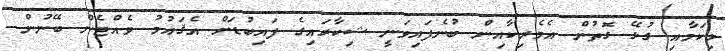
މިކަމާއި ގުޅޭ ގޮތުން އެމެރިކާއިން ބުނެފައިވަނީ ޝިކާރައިގެ ފައިބުޑަށް އެޤައުމު ވެއްޓެން ބޭނުން